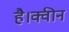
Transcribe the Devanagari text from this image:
है।क्वीन